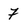
Character: 7